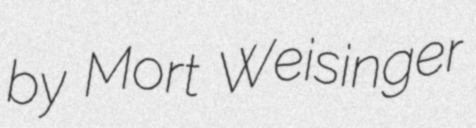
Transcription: by Mort Weisinger